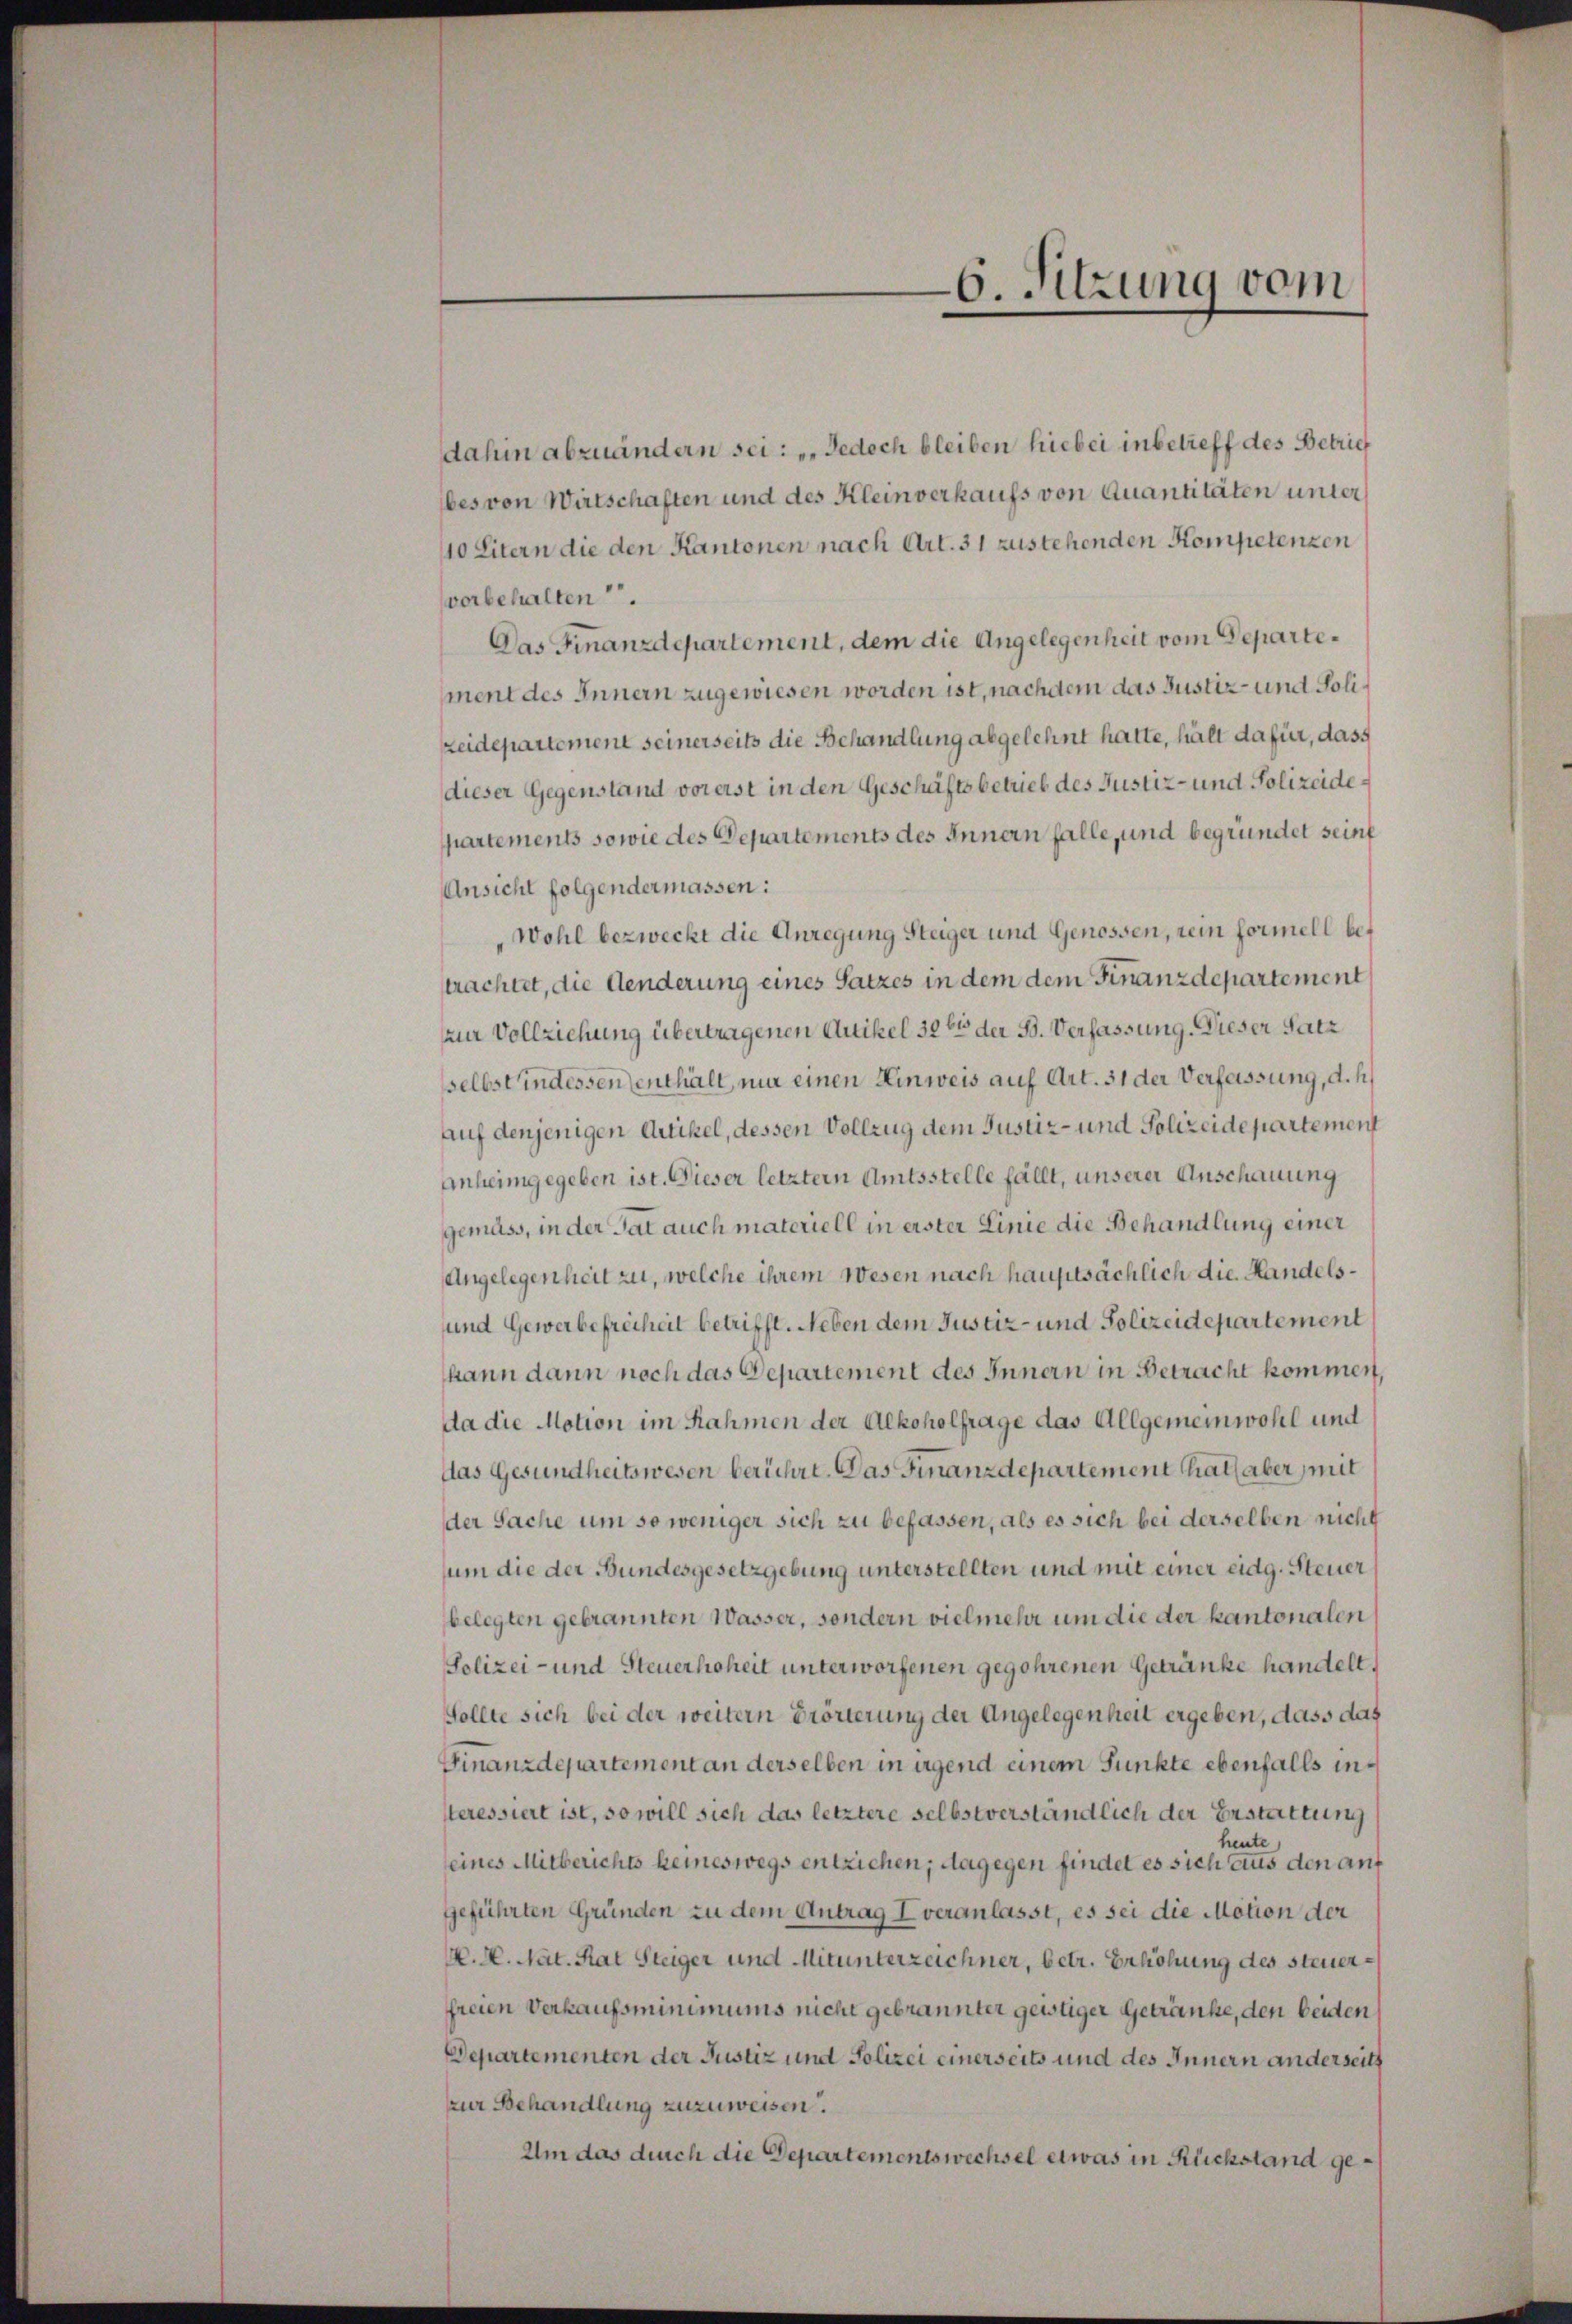
6. Sitzung vom

dahin abzuändern sei: „Jedoch bleiben hiebei inbetreff des Betrief
bes von Wirtschaften und des Kleinverkaufs von Quantitäten unter
10 Litern die den Kantonen nach Art. 31 zustehenden Kompetenzen
vorbehalten.
Das Finanzdepartement, dem die Angelegenheit vom Departement des Innern zugewiesen worden ist, nachdem das Justiz- und Polizeidepartement seinerseits die Behandlung abgelehnt hatte, hält dafür, dass
dieser Gegenstand vorerst in den Geschäftsbetrieb des Justiz- und Polizeidepartements sowie des Departements des Innern falle, und begründet seint
Ansicht folgendermassen:
Wohl bezweckt die Anregung Steiger und Genossen, rein formell beprachtet, die Aenderung eines Satzes in dem dem Finanzdepartement
zur Vollziehung übertragenen Artikel 326 der B. Verfassung. Dieser Satz
sselbst indessen enthält, nur einen Einweis auf Art. 31 der Verfassung, d. h.
auf denjenigen Artikel, dessen Vollzug dem Justiz- und Polizeidepartement
Anheimgegeben ist. Dieser letztern Amtsstelle fällt, unserer Anschauung
gemäss, in der Tat auch materiell in erster Linie die Behandlung einer
Angelegenheit zu, welche ihrem Wesen nach hauptsächlich die Handels¬
und Gewerbefreiheit betrifft. Neben dem Justiz- und Polizeidepartement
kann dann noch das Departement des Innern in Betracht kommen,
da die Motion im Rahmen der Alkoholfrage das Allgemeinwohl und
das Gesundheitswesen berührt. Das Finanzdepartement hat aber mit
der Sache um so weniger sich zu befassen, als es sich bei derselben nicht
sum die der Bundesgesetzgebung unterstellten und mit einer eidg. Steuer
belegten gebrannten Wasser, sondern vielmehr um die der kantonalen
Polizei- und Steuerhoheit unterworfenen gegehrenen Getränke handelt.
Sollte sich bei der weitern Erörterung der Angelegenheit ergeben, dass das
Finanzdepartement an derselben in irgend einem Punkte ebenfalls interessiert ist, so will sich das letztere selbstverständlich der Erstattung
heute
seines Mitberichts keineswegs entziehen; dagegen findet es sich aus den auf
geführten Gründen zu dem Antrag I veranlasst, es sei die Motion der
M. M. Nat. Rat Steiger und Mitunterzeichner, betr. Erhöhung des steuerfreien Verkaufsminimums nicht gebrannter geistiger Getränke, den beiden
Departementen der Justiz und Polizei einerseits und des Innern anderseits
zur Behandlung zuzuweisen.
Um das durch die Departementswechsel etwas in Rückstand ge¬